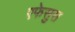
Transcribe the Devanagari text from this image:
एफेसुस